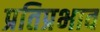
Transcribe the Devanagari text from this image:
प्रतिप्रभाव